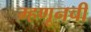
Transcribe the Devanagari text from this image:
म्हणूनची